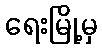
ရေးမြို့မှ